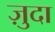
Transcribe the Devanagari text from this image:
ज़ुदा